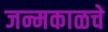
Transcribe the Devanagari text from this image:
जन्मकाळचे